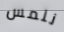
نلمس